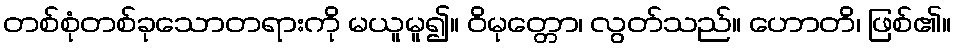
တစ်စုံတစ်ခုသောတရားကို မယူမူ၍။ ဝိမုတ္တော၊ လွတ်သည်။ ဟောတိ၊ ဖြစ်၏။